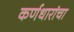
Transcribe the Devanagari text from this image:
कर्णधारांचा